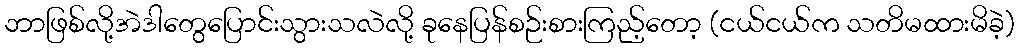
ဘာဖြစ်လို့အဲဒါတွေပြောင်းသွားသလဲလို့ ခုနေပြန်စဉ်းစားကြည့်တော့ (ငယ်ငယ်က သတိမထားမိခဲ့)